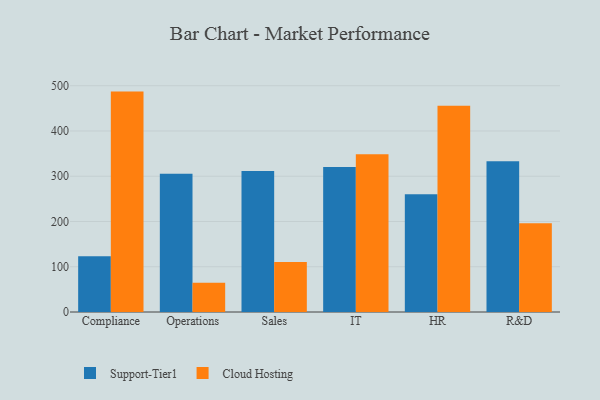
{"axis": {"x": "Department", "y": "Temperature (°C)"}, "legend": ["Cloud Hosting", "Support-Tier1"], "data": [{"x": "Compliance", "y": 123.3, "type": "Support-Tier1"}, {"x": "Compliance", "y": 487.0, "type": "Cloud Hosting"}, {"x": "Operations", "y": 305.3, "type": "Support-Tier1"}, {"x": "Operations", "y": 64.6, "type": "Cloud Hosting"}, {"x": "Sales", "y": 311.6, "type": "Support-Tier1"}, {"x": "Sales", "y": 110.3, "type": "Cloud Hosting"}, {"x": "IT", "y": 320.4, "type": "Support-Tier1"}, {"x": "IT", "y": 348.5, "type": "Cloud Hosting"}, {"x": "HR", "y": 260.0, "type": "Support-Tier1"}, {"x": "HR", "y": 455.8, "type": "Cloud Hosting"}, {"x": "R&D", "y": 333.2, "type": "Support-Tier1"}, {"x": "R&D", "y": 196.2, "type": "Cloud Hosting"}]}